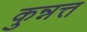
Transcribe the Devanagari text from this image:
कुन्नत्त